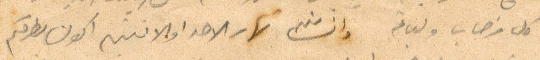
كل ترحاب ولباقة وانشالله نهار الاحد والاثنين أكون بقربكم